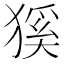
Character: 𤠓